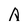
Character: A